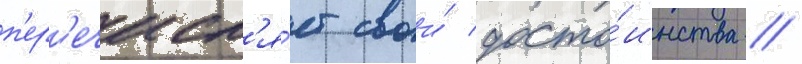
п'ер'ечисл'я́ет свои́ досто́инства /